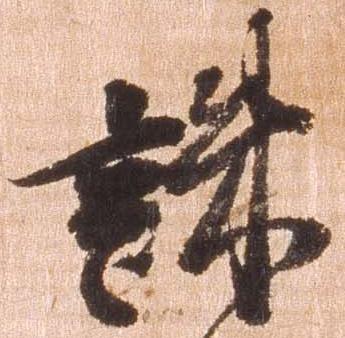
誅